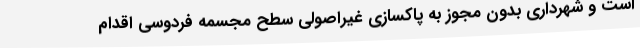
است و شهرداری بدون مجوز به پاکسازی غیراصولی سطح مجسمه فردوسی اقدام